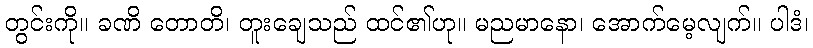
တွင်းကို။ ခဏိ တောတိ၊ တူးချေသည် ထင်၏ဟု။ မညမာနော၊ အောက်မေ့လျက်။ ပါဒံ၊